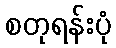
စတုရန်းပုံ